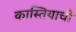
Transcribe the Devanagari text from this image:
कास्तियाची